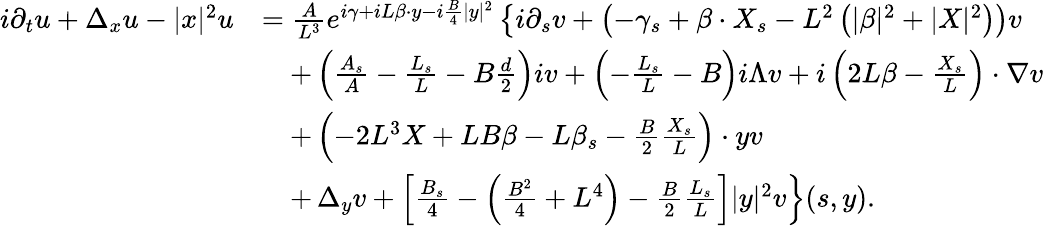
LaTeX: \begin{array}{rl}{i\partial_{t}u+\Delta_{x}u-|x|^{2}u}&{=\frac{A}{L^{3}}e^{i\gamma+iL\beta\cdot y-i\frac{B}{4}|y|^{2}}\left\{ i\partial_{s}v+\left(-\gamma_{s}+\beta\cdot X_{s}-L^{2}\left(|\beta|^{2}+|X|^{2}\right)\right)v\right.}\\ &{\quad+\left(\frac{A_{s}}{A}-\frac{L_{s}}{L}-B\frac{d}{2}\right)iv+\left(-\frac{L_{s}}{L}-B\right)i\Lambda v+i\left(2L\beta-\frac{X_{s}}{L}\right)\cdot\nabla v}\\ &{\quad+\left(-2L^{3}X+LB\beta-L\beta_{s}-\frac{B}{2}\frac{X_{s}}{L}\right)\cdot yv}\\ &{\quad+\left.\Delta_{y}v+\left[\frac{B_{s}}{4}-\left(\frac{B^{2}}{4}+L^{4}\right)-\frac{B}{2}\frac{L_{s}}{L}\right]|y|^{2}v\right\} (s,y).}\end{array}